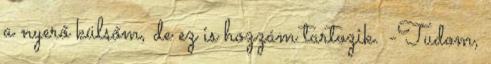
a nyerő külsőm, de ez is hozzám tartozik. -Tudom,